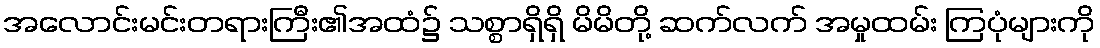
အလောင်းမင်းတရားကြီး၏အထံ၌ သစ္စာရှိရှိ မိမိတို့ ဆက်လက် အမှုထမ်း ကြပုံများကို